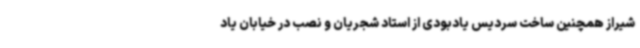
شیراز همچنین ساخت سردیس یادبودی از استاد شجریان و نصب در خیابان یاد